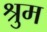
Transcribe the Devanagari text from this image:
श्रुम